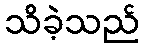
သိခဲ့သည်